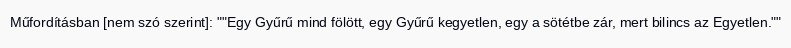
Műfordításban [nem szó szerint]: ""Egy Gyűrű mind fölött, egy Gyűrű kegyetlen, egy a sötétbe zár, mert bilincs az Egyetlen.""